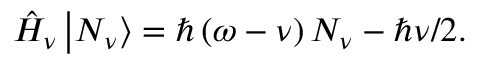
\hat { H } _ { \nu } \left| N _ { \nu } \right> = \hbar \left( \omega - \nu \right) N _ { \nu } - \hbar \nu / 2 .